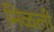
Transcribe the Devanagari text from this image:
मिळली